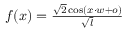
\begin{array} { r } { f ( x ) = \frac { \sqrt { 2 } \cos ( x \cdot w + o ) } { \sqrt { l } } } \end{array}